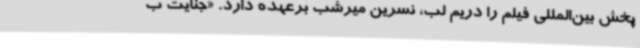
پخش بین‌المللی فیلم را دریم لب، نسرین میرشب برعهده دارد. «جنایت ب